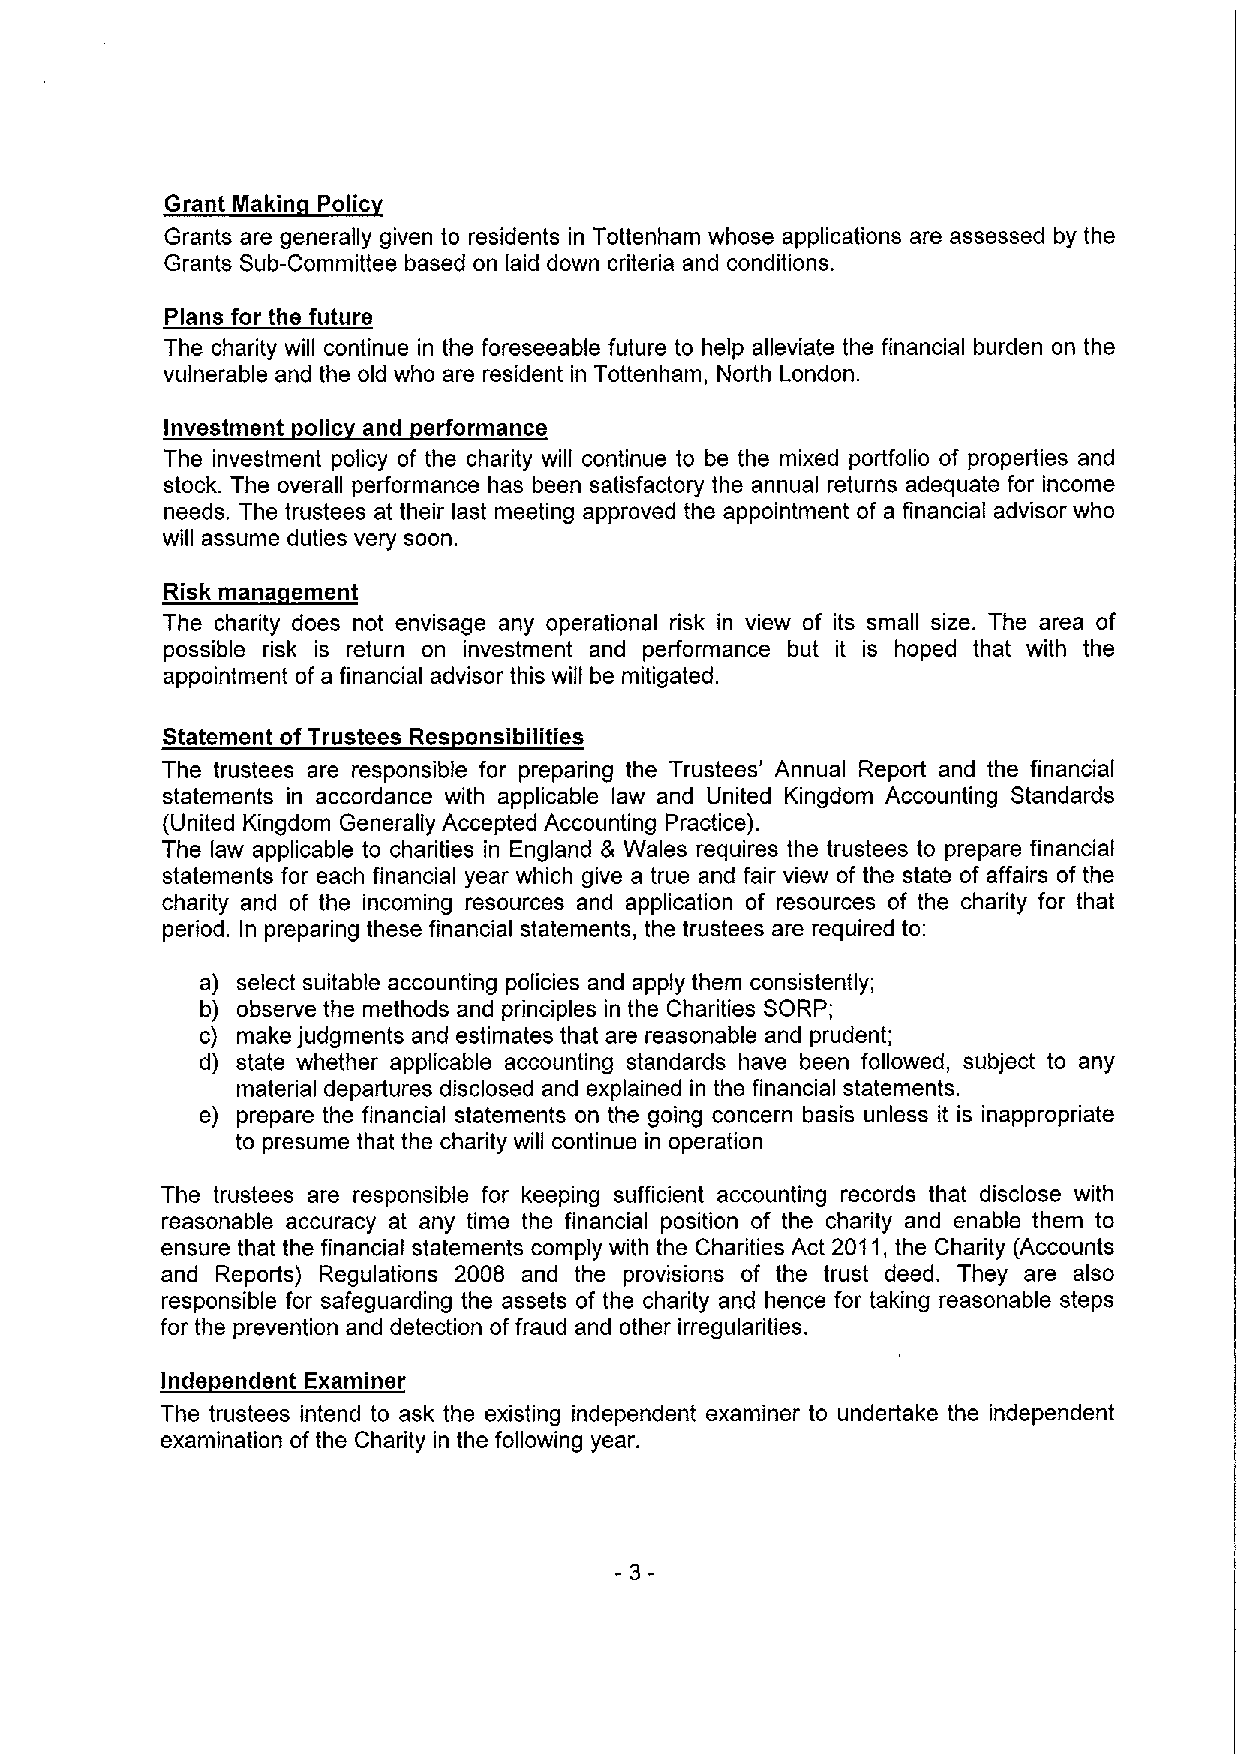
Grant Makin Polic
 Grants are generally given to residents in Tottenham whose applications are assessed by the
 Grants Sub-Committee based on laid down criteria and conditions.
 Plans for the future
 The charity will continue in the foreseeable future to help alleviate the financial burden on the
 vulnerable and the old who are resident in Tottenham, North London.
 Investment olic and erformance
 The investment policy of the charity will continue to be the mixed portfolio of properties and
 stock. The overall performance has been satisfactory the annual returns adequate for income
 needs. The trustees at their last meeting approved the appointment of a financial advisor who
 will assume duties very soon.
 Risk mana ement
 The charity does not envisage any operational risk in view of its small size. The area of
 possible risk is return on investment and performance but it is hoped that with the
 appointment of a financial advisor this will be mitigated.
 Statement ofTrustees Res onsibilities
 The trustees are responsible for preparing the Trustees' Annual Report and the financial
 statements in accordance with applicable law and United Kingdom Accounting Standards
 (United Kingdom Generally Accepted Accounting Practice).
 The law applicable to charities in England 8 Wales requires the trustees to prepare financial
 statements for each financial year which give a true and fair view of the state of affairs of the
 charity and of the incoming resources and application of resources of the charity for that
 period. In preparing these financial statements, the trustees are required to:
 a) select suitable accounting policies and apply them consistently;
 b) observe the methods and principles in the Charities SORP;
 c) make judgments and estimates that are reasonable and prudent;
 d) state whether applicable accounting standards have been followed, subject to any
 material departures disclosed and explained in the financial statements.
 e) prepare the financial statements on the going concern basis unless it is inappropriate
 to presume that the charity will continue in operation
 The trustees are responsible for keeping sufficient accounting records that disclose with
 reasonable accuracy at any time the financial position of the charity and enable them to
 ensure that the financial statements comply with the Charities Act 2011,the Charity (Accounts
 and Reports) Regulations 2008 and the provisions of the trust deed. They are also
 responsible for safeguarding the assets of the charity and hence for taking reasonable steps
 for the prevention and detection offraud and other irregularities.
 Inde endent Examiner
 The trustees intend to ask the existing independent examiner to undertake the independent
 examination of the Charity in the following year.